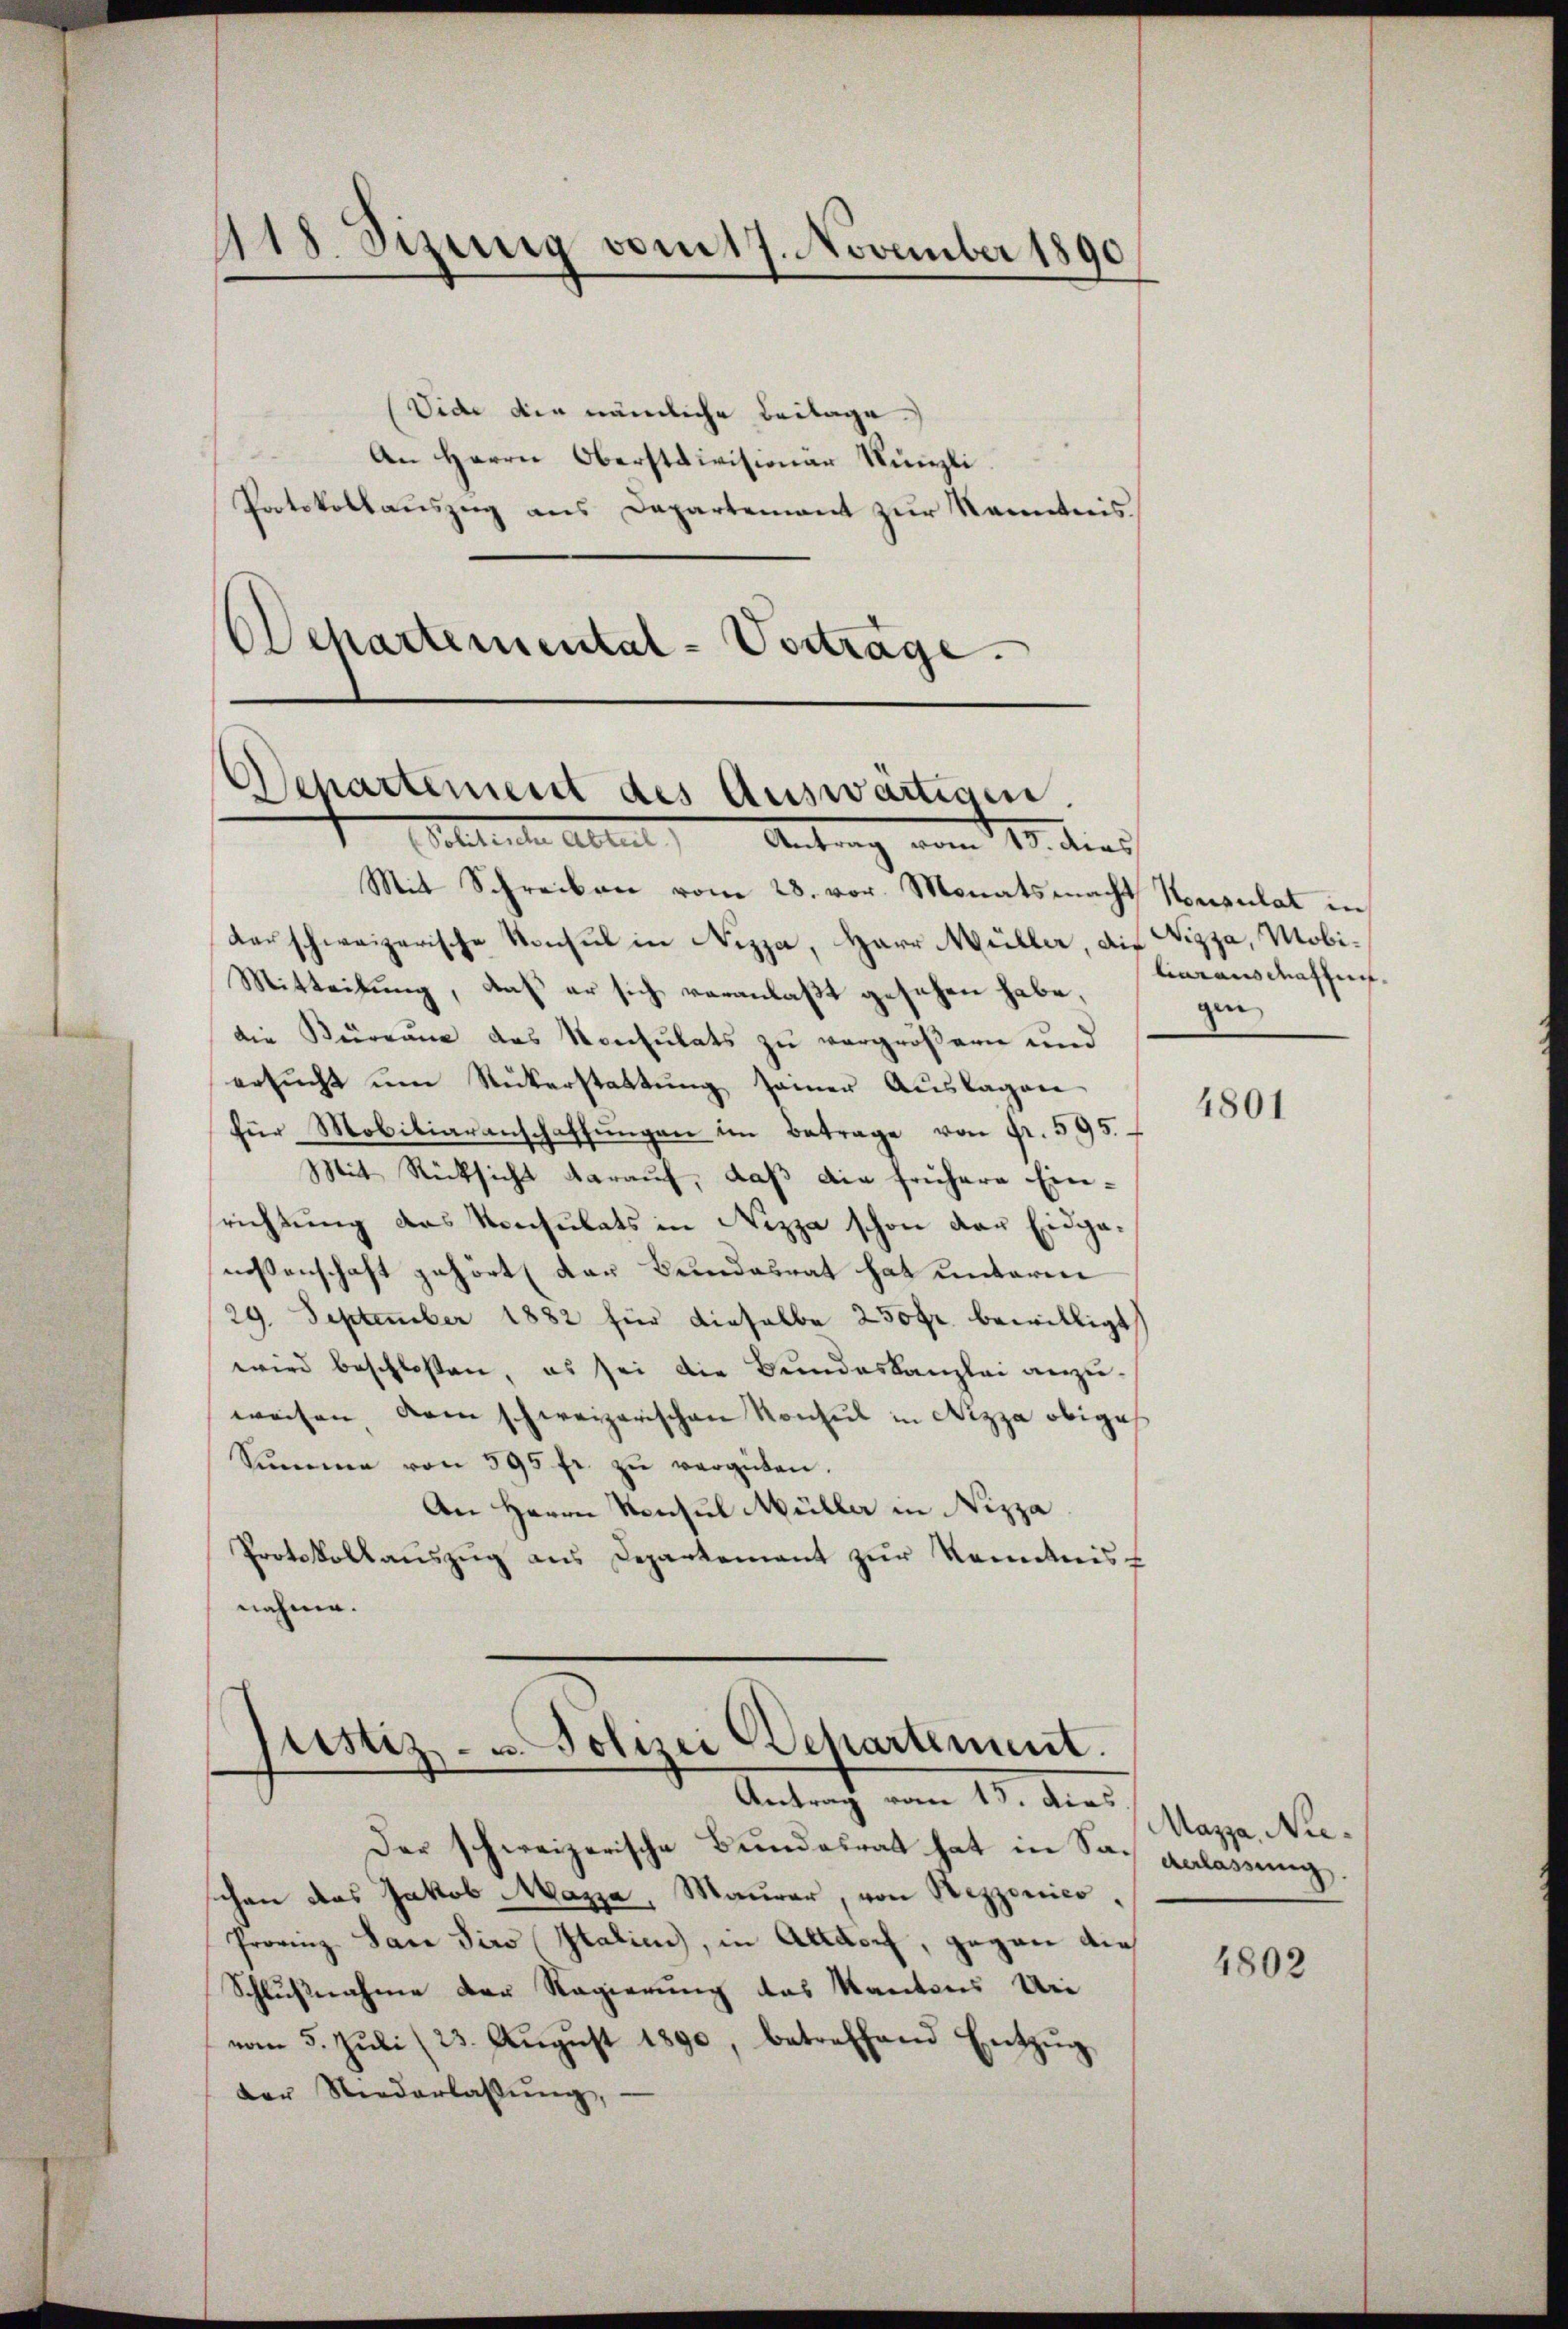
Vide die nämliche Beilage
An Herrn Oberstdivisionar Künzli
Patskollauszug aus Departement zur Kenntnis
Ochartemental-Vorträge.

Mit Schreiben vom 28. vor. Monatsmacht Konsulat in
darschweizerische Konsul in Nizza, Herr Müller, die Nizza, Mobi¬
Mitteilung, daß er sich veranlaßt gesehen habe,
die Burgung des Konsulats zu vergrößern und
ersŭcht ŭm Rükerstattŭng seiner Aŭslagen
für Mobiliarenschaffŭngen im Betrage von Fr. 595.
Mit Rücksicht darauf, daß die frühere Einsrichtung des Konsulats in Nizza schon der Eidgenossenschaft gehört der Bundesrat hat unterm
29. September 1882 für dieselbe 250fr. bewilligt
wird beschloßen, es sei die Bundeskanzlei anzŭ-
weisen dem schweizerischen Konsul in Nizza obige
Sŭmme von 595 fr. zŭ vergüten.
An Herrn Konsul Müller in Nizza
Protokollaŭszŭg ans Departement zŭr Kenntnis
nahme.
Astiz- u. Polizei Departement.
.
Antrag vom 15. dies.
Der schweizerische Bundesrat hat in Saschen das Jakob Mazza, Maŭrer, von Nezzonico,
Provinz San Siro Italien, in Altdorf, gegen dies
Schlußnahme der Regierung des Kantons Uni
vom 5. Jŭli (23. August 1890, betreffend Entzug
der Niederlassŭng,

418. Sizung vom 17. November 1890.
—

Departement des Auswärtigen.
Scheleute Aller.   Antrag vom 13. dies

liarauschaffentgen

4801

Mazza, Nieverlassung.

4802